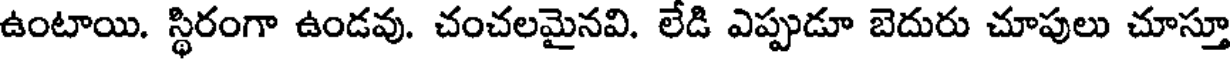
ఉంటాయి. స్థిరంగా ఉండవు. చంచలమైనవి. లేడి ఎప్పుడూ బెదురు చూపులు చూస్తూ